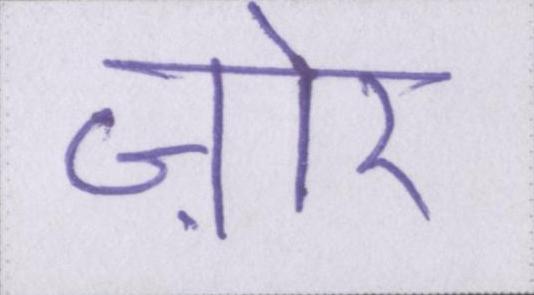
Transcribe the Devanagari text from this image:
ज़ोर